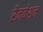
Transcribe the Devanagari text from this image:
रेनवेशन